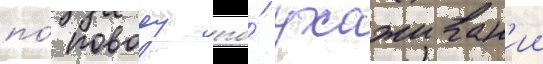
по́ поводу его́ ухаживан'ии